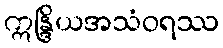
ဣန္ဒြိယအသံဝရဿ